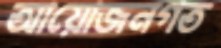
আয়োজনগত